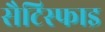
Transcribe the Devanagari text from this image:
सैटिस्फाइ